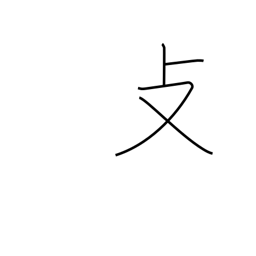
Meaning: folding chair radical (no. 66)